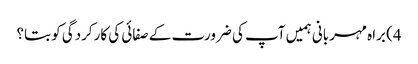
4) براہ مہربانی ہمیں آپ کی ضرورت کے صفائی کی کارکردگی کو بتا؟